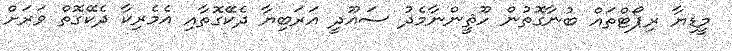
މީޑިޔާ ރިޕޯޓްތައް ބުނާގޮތުން ހޫޘީންނާމެދު ސައޫދީ އަރަބިޔާ ދެކޭގޮތާއި އެމެރިކާ ދެކޭގޮތް ވަރަށް